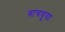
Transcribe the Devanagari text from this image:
वाचवुया